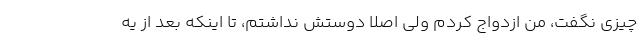
چیزی نگفت، من ازدواج کردم ولی اصلا دوستش نداشتم، تا اینکه بعد از یه